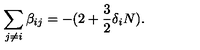
\sum _ { j \neq i } \beta _ { i j } = - ( 2 + \frac { 3 } { 2 } \delta _ { i } N ) .